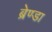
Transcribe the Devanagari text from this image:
ब्रेण्डा